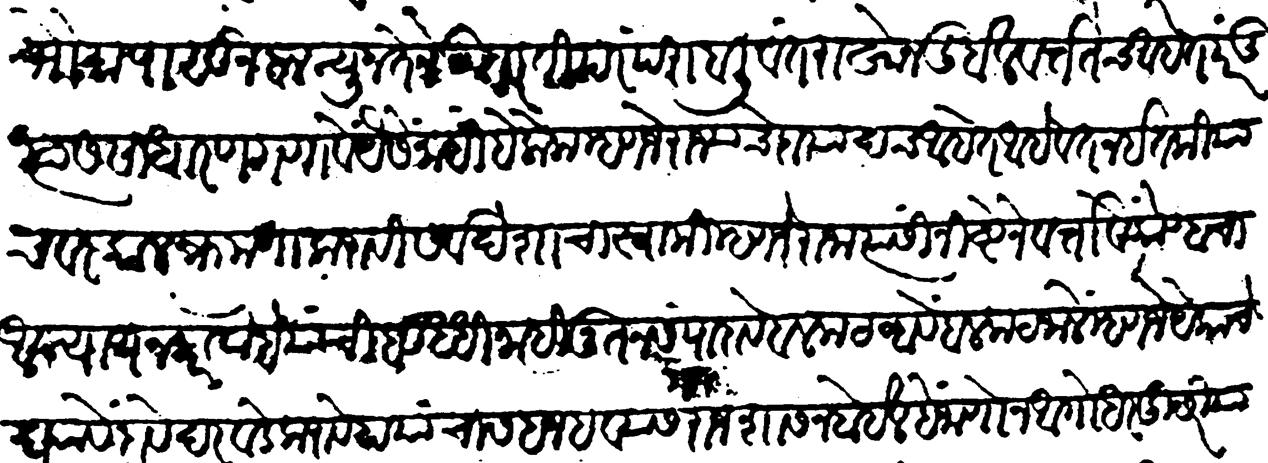
Transliteration (Devanagari): सार्वभौमापासून बलन्यूनतेने उतरती परंपरा बलिवंत राम्रोन दुर्बल वर्ततच आहेत परंतु त्यांस साधारण गणावें यैसें नाहीं हे लोक म्हणजे राज्याचे दायादच आहेत आहे वतन इतकियाचवर कालक्रमणा करावी सर्व देशाचा स्वामी म्हणजे राजा त्यासीं निष्ठेने वर्तावें कोण्हाचा अन्याय न करावा हे यांची बुद्धि नाही नूतन संपादावें बळकट व्हावे बलकट जाले म्हणजे येकाचें घ्यावें दावे दरवडे करावे हा यांचा सहज हव्यास राजशासन होईल हें जाणोन अगोधर दुसरीयाचा